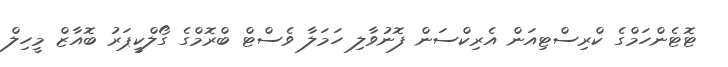
ޓޮޓެންހަމްގެ ކްރިސްޓިއަން އެރިކްސަން ފޮނުވާލި ހަމަލާ ވެސްޓް ބްރޮމްގެ ގޯލްކީޕަރު ބޮއާޒް މީހިލް